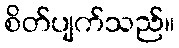
စိတ်ပျက်သည်။